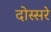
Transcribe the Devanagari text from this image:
दोस्सरे